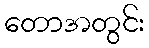
တောအတွင်း